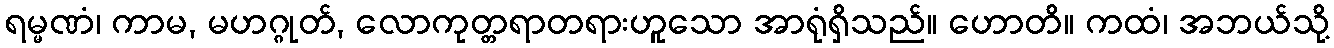
ရမ္မဏံ၊ ကာမ, မဟဂ္ဂုတ်, လောကုတ္တရာတရားဟူသော အာရုံရှိသည်။ ဟောတိ။ ကထံ၊ အဘယ်သို့